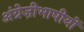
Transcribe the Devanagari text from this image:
अंग्रेज़ीभाषीयों